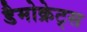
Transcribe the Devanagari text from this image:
डैमोक्रेट्स